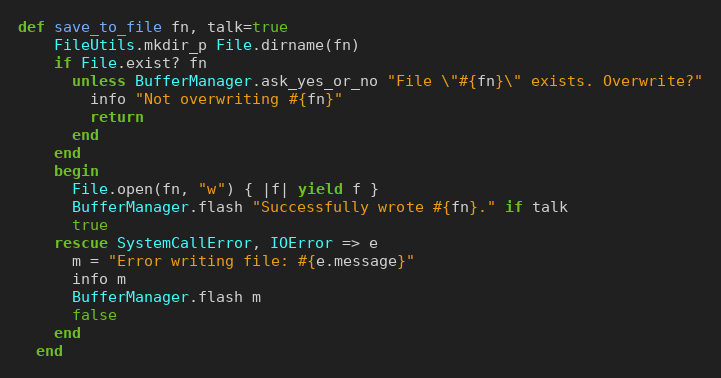
Language: Ruby
def save_to_file fn, talk=true
    FileUtils.mkdir_p File.dirname(fn)
    if File.exist? fn
      unless BufferManager.ask_yes_or_no "File \"#{fn}\" exists. Overwrite?"
        info "Not overwriting #{fn}"
        return
      end
    end
    begin
      File.open(fn, "w") { |f| yield f }
      BufferManager.flash "Successfully wrote #{fn}." if talk
      true
    rescue SystemCallError, IOError => e
      m = "Error writing file: #{e.message}"
      info m
      BufferManager.flash m
      false
    end
  end